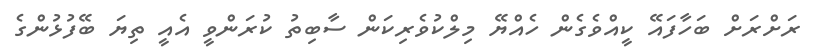
ރަށްރަށް ބަހާފައޭ ކީއްވެގެން ހެއްޔޭ މިލްކުވެރިކަން ސާބިތު ކުރަންވީ އެެއީ ތިޔަ ބޭފުޅުންގެ